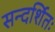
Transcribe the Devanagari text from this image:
सन्दर्शितः